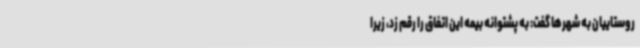
روستاییان به شهرها گفت: به پشتوانه بیمه این اتفاق را رقم زد، زیرا